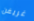
غريفن